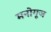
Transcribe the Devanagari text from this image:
मनोगूज